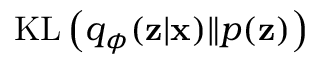
\mathrm { K L } \left( q _ { \phi } ( \mathbf { z } | \mathbf { x } ) \| p ( \mathbf { z } ) \right)